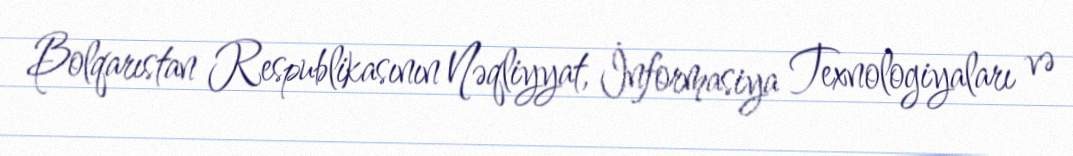
Bolqarıstan Respublikasının Nəqliyyat, İnformasiya Texnologiyaları və